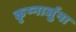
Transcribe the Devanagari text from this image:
कृष्नार्जुना